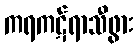
ကရကဋ်ရာသီဖွား